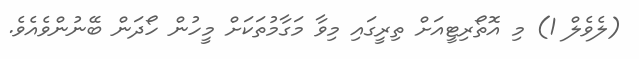
(ލެވެލް 1) މި އޮތޯރިޓީއަށް ތިރީގައި މިވާ މަގާމުތަކަށް މީހުން ހޯދަން ބޭނުންވެއެވެ.